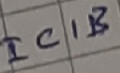
Text: IC1B